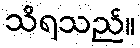
သိရသည်။